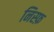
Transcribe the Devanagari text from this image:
निस्फ़